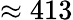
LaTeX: \approx 413